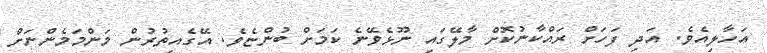
އަހާލިއެވެ. އަދި ފަހަށް ރައްކާނުކޮށް މާލޭގައި ނޫޅެވޭނެ ކަމަށް ބުންޏެވެ. އޭގެއިތުރުން މަންމަމެންނަށް